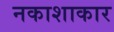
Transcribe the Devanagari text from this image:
नकाशाकार